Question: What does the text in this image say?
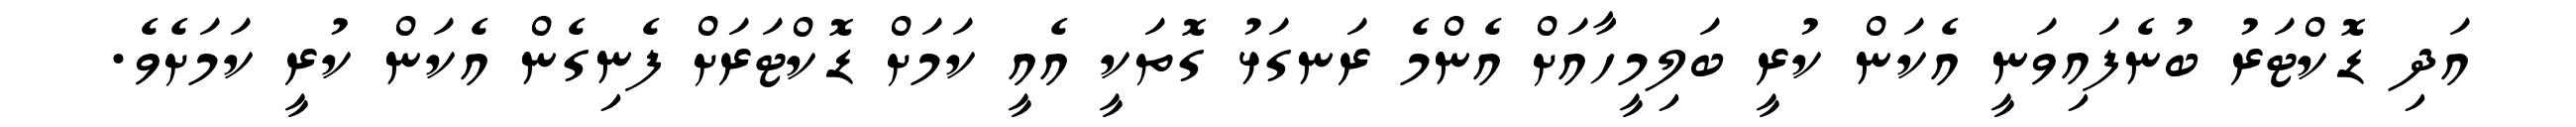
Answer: އަދި ޑޮކްޓަރު ބުނެފައިވަނީ އެކަން ކުރީ ބަލިމީހާއަށް އެންމެ ރަނގަޅު ގޮތަކީ އެއީ ކަމަށް ޑޮކްޓަރަށް ފެނިގެން އެކަން ކުރީ ކަމަށެވެ.